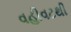
વહીવટથી